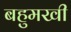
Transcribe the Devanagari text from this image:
बहुमखी